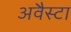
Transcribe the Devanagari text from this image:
अवैस्टा